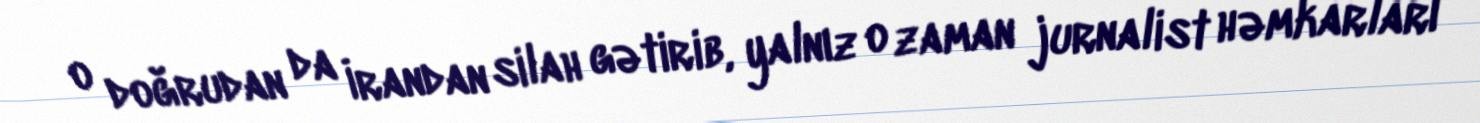
o doğrudan da İrandan silah gətirib, yalnız o zaman jurnalist həmkarları